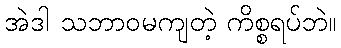
အဲဒါ သဘာဝမကျတဲ့ ကိစ္စရပ်ဘဲ။